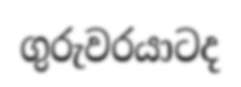
ගුරුවරයාටද